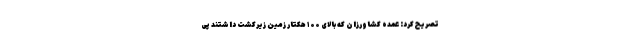
تصریح کرد: عمده کشاورزان که بالای ۱۰۰ هکتار زمین زیرکشت داشتند پی